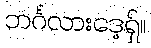
ဘင်္ဂလားဒေ့ရှ်။